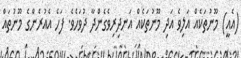
(އެއީ) މޫނުތަކެއް އަލިވެ އަދި މޫނުތަކެއް އަނދިރިވެގެންދާ ދުވަހެވެ. ފަހެ އެއުރެންގެ މޫނުތައް